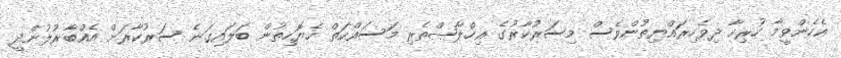
އެހެންވީމާ ހުރިހާ ދިވެހިރައްޔިތުންވެސް މިސަރުކާރުގެ އިޚްލާޞްތެރި މަސައްކަތް ހެޔޮހިތުން ބަލައިގަނެ ސަރުކާރަށް އެއްބާރުލުންދީ